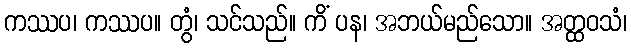
ကဿပ၊ ကဿပ။ တွံ၊ သင်သည်။ ကိံ ပန၊ အဘယ်မည်သော။ အတ္ထဝသံ၊